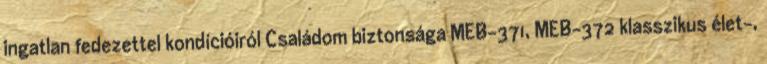
ingatlan fedezettel kondícióiról Családom biztonsága MEB-371, MEB-372 klasszikus élet-,